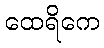
ထေရိကေ